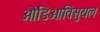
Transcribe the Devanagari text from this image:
औडिओविसुयल